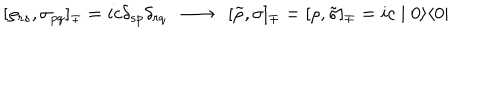
[ \rho _ { r s } , \sigma _ { p q } ] _ { \mp } = i c \delta _ { s p } \delta _ { r q } \; \; \longrightarrow \; \; [ \tilde { \rho } , \sigma ] _ { \mp } = [ \rho , \tilde { \sigma } ] _ { \mp } = i c \mid 0 \rangle \langle 0 \mid